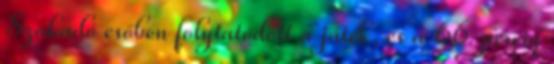
Szakadó esőben folytatódott a játék, és a 66. percig